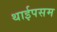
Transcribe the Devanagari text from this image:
थाईपसम